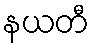
နယတီ